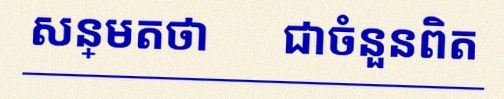
សន្មតថា x ជាចំនួនពិត